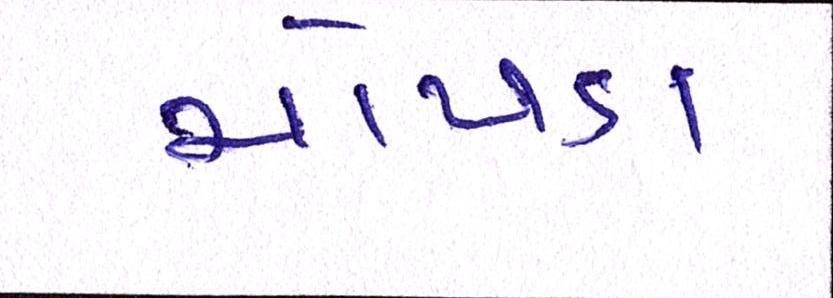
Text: ચોપડા